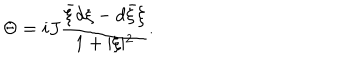
\Theta = i J \frac { { \bar { \xi } } d \xi - d { \bar { \xi } } \xi } { 1 + \vert \xi \vert ^ { 2 } } .